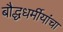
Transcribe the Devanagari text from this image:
बौद्धधर्मीयांचा